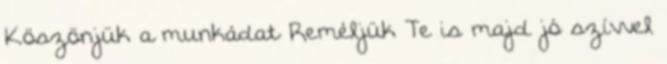
Köszönjük a munkádat Reméljük Te is majd jó szívvel